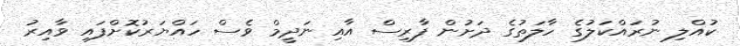
ކުއްލި ނުރައްކަލުގެ ހާލަތުގެ ދަށުން ފާރިސް އާއި ނަދީމް ވެސް ހައްޔަރުކޮށްފައި ވާއިރު